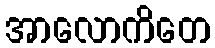
အာလောကိတေ